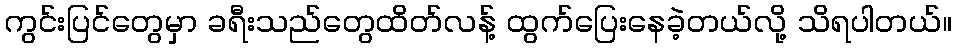
ကွင်းပြင်တွေမှာ ခရီးသည်တွေထိတ်လန့် ထွက်ပြေးနေခဲ့တယ်လို့ သိရပါတယ်။